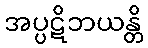
အပ္ပဋိဘယန္တိ